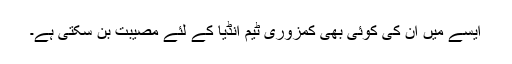
ایسے میں ان کی کوئی بھی کمزوری ٹیم انڈیا کے لئے مصیبت بن سکتی ہے۔